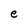
Character: e